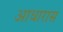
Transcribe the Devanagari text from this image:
आधारास